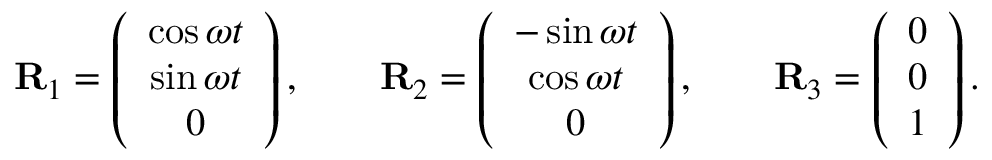
\begin{array} { r } { { \bf R } _ { 1 } = \left( \begin{array} { c } { \cos \omega t } \\ { \sin \omega t } \\ { 0 } \end{array} \right) , \qquad { \bf R } _ { 2 } = \left( \begin{array} { c } { - \sin \omega t } \\ { \cos \omega t } \\ { 0 } \end{array} \right) , \qquad { \bf R } _ { 3 } = \left( \begin{array} { c } { 0 } \\ { 0 } \\ { 1 } \end{array} \right) . } \end{array}